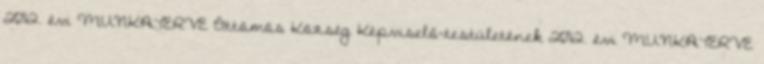
2012. évi MUNKATERVE Öttömös Község Képviselő-testületének 2012. évi MUNKATERVE